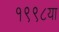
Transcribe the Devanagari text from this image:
१९९८या